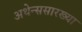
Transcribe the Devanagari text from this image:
अथेन्ससारख्या